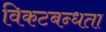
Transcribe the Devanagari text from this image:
विकटबन्धता